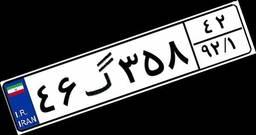
۴۶گ۳۵۸۴۲